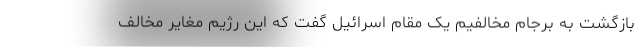
بازگشت به برجام مخالفیم یک مقام اسرائیل گفت که این رژیم مغایر مخالف